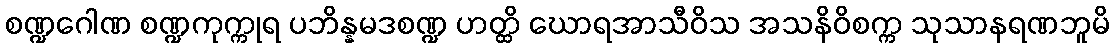
စဏ္ဍဂေါဏ စဏ္ဍကုက္ကုရ ပဘိန္နမဒစဏ္ဍ ဟတ္ထိ ဃောရအာသီဝိသ အသနိဝိစက္က သုသာနရဏဘူမိ